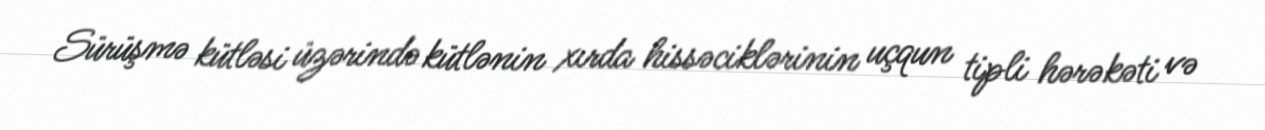
Sürüşmə kütləsi üzərində kütlənin xırda hissəciklərinin uçqun tipli hərəkəti və